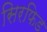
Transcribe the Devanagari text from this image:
सिरफिड